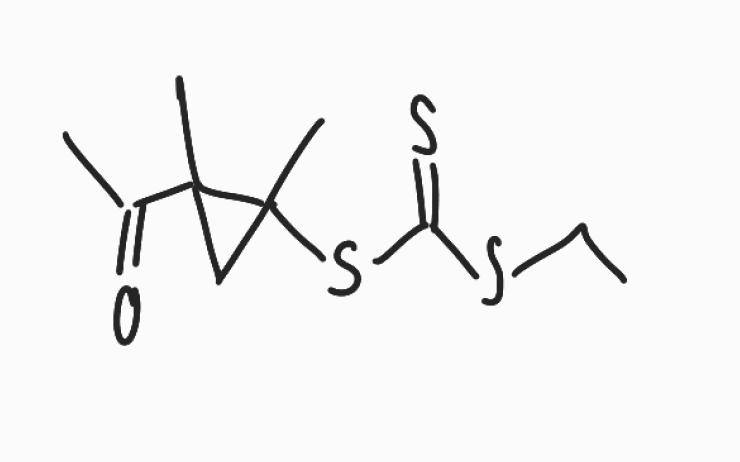
Simplified molecular-input line-entry system (SMILES) notation of the given molecule:
CCSC(=S)SC1(CC1(C)C(=O)C)C